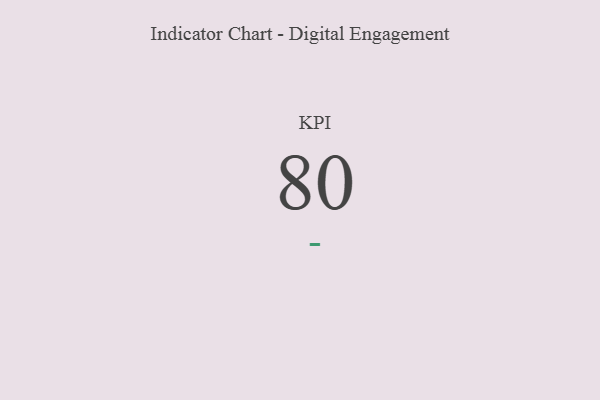
{"axis": {"x": "KPI", "y": "Value"}, "legend": [""], "data": [{"x": "KPI", "y": 80, "type": ""}]}